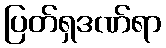
ပြတ်ရှဒဏ်ရာ